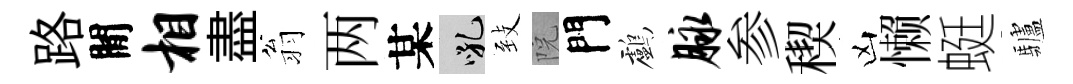
路閒相盡翁两某吼𦤺院門鸕脉参稧凶懒蜓驢